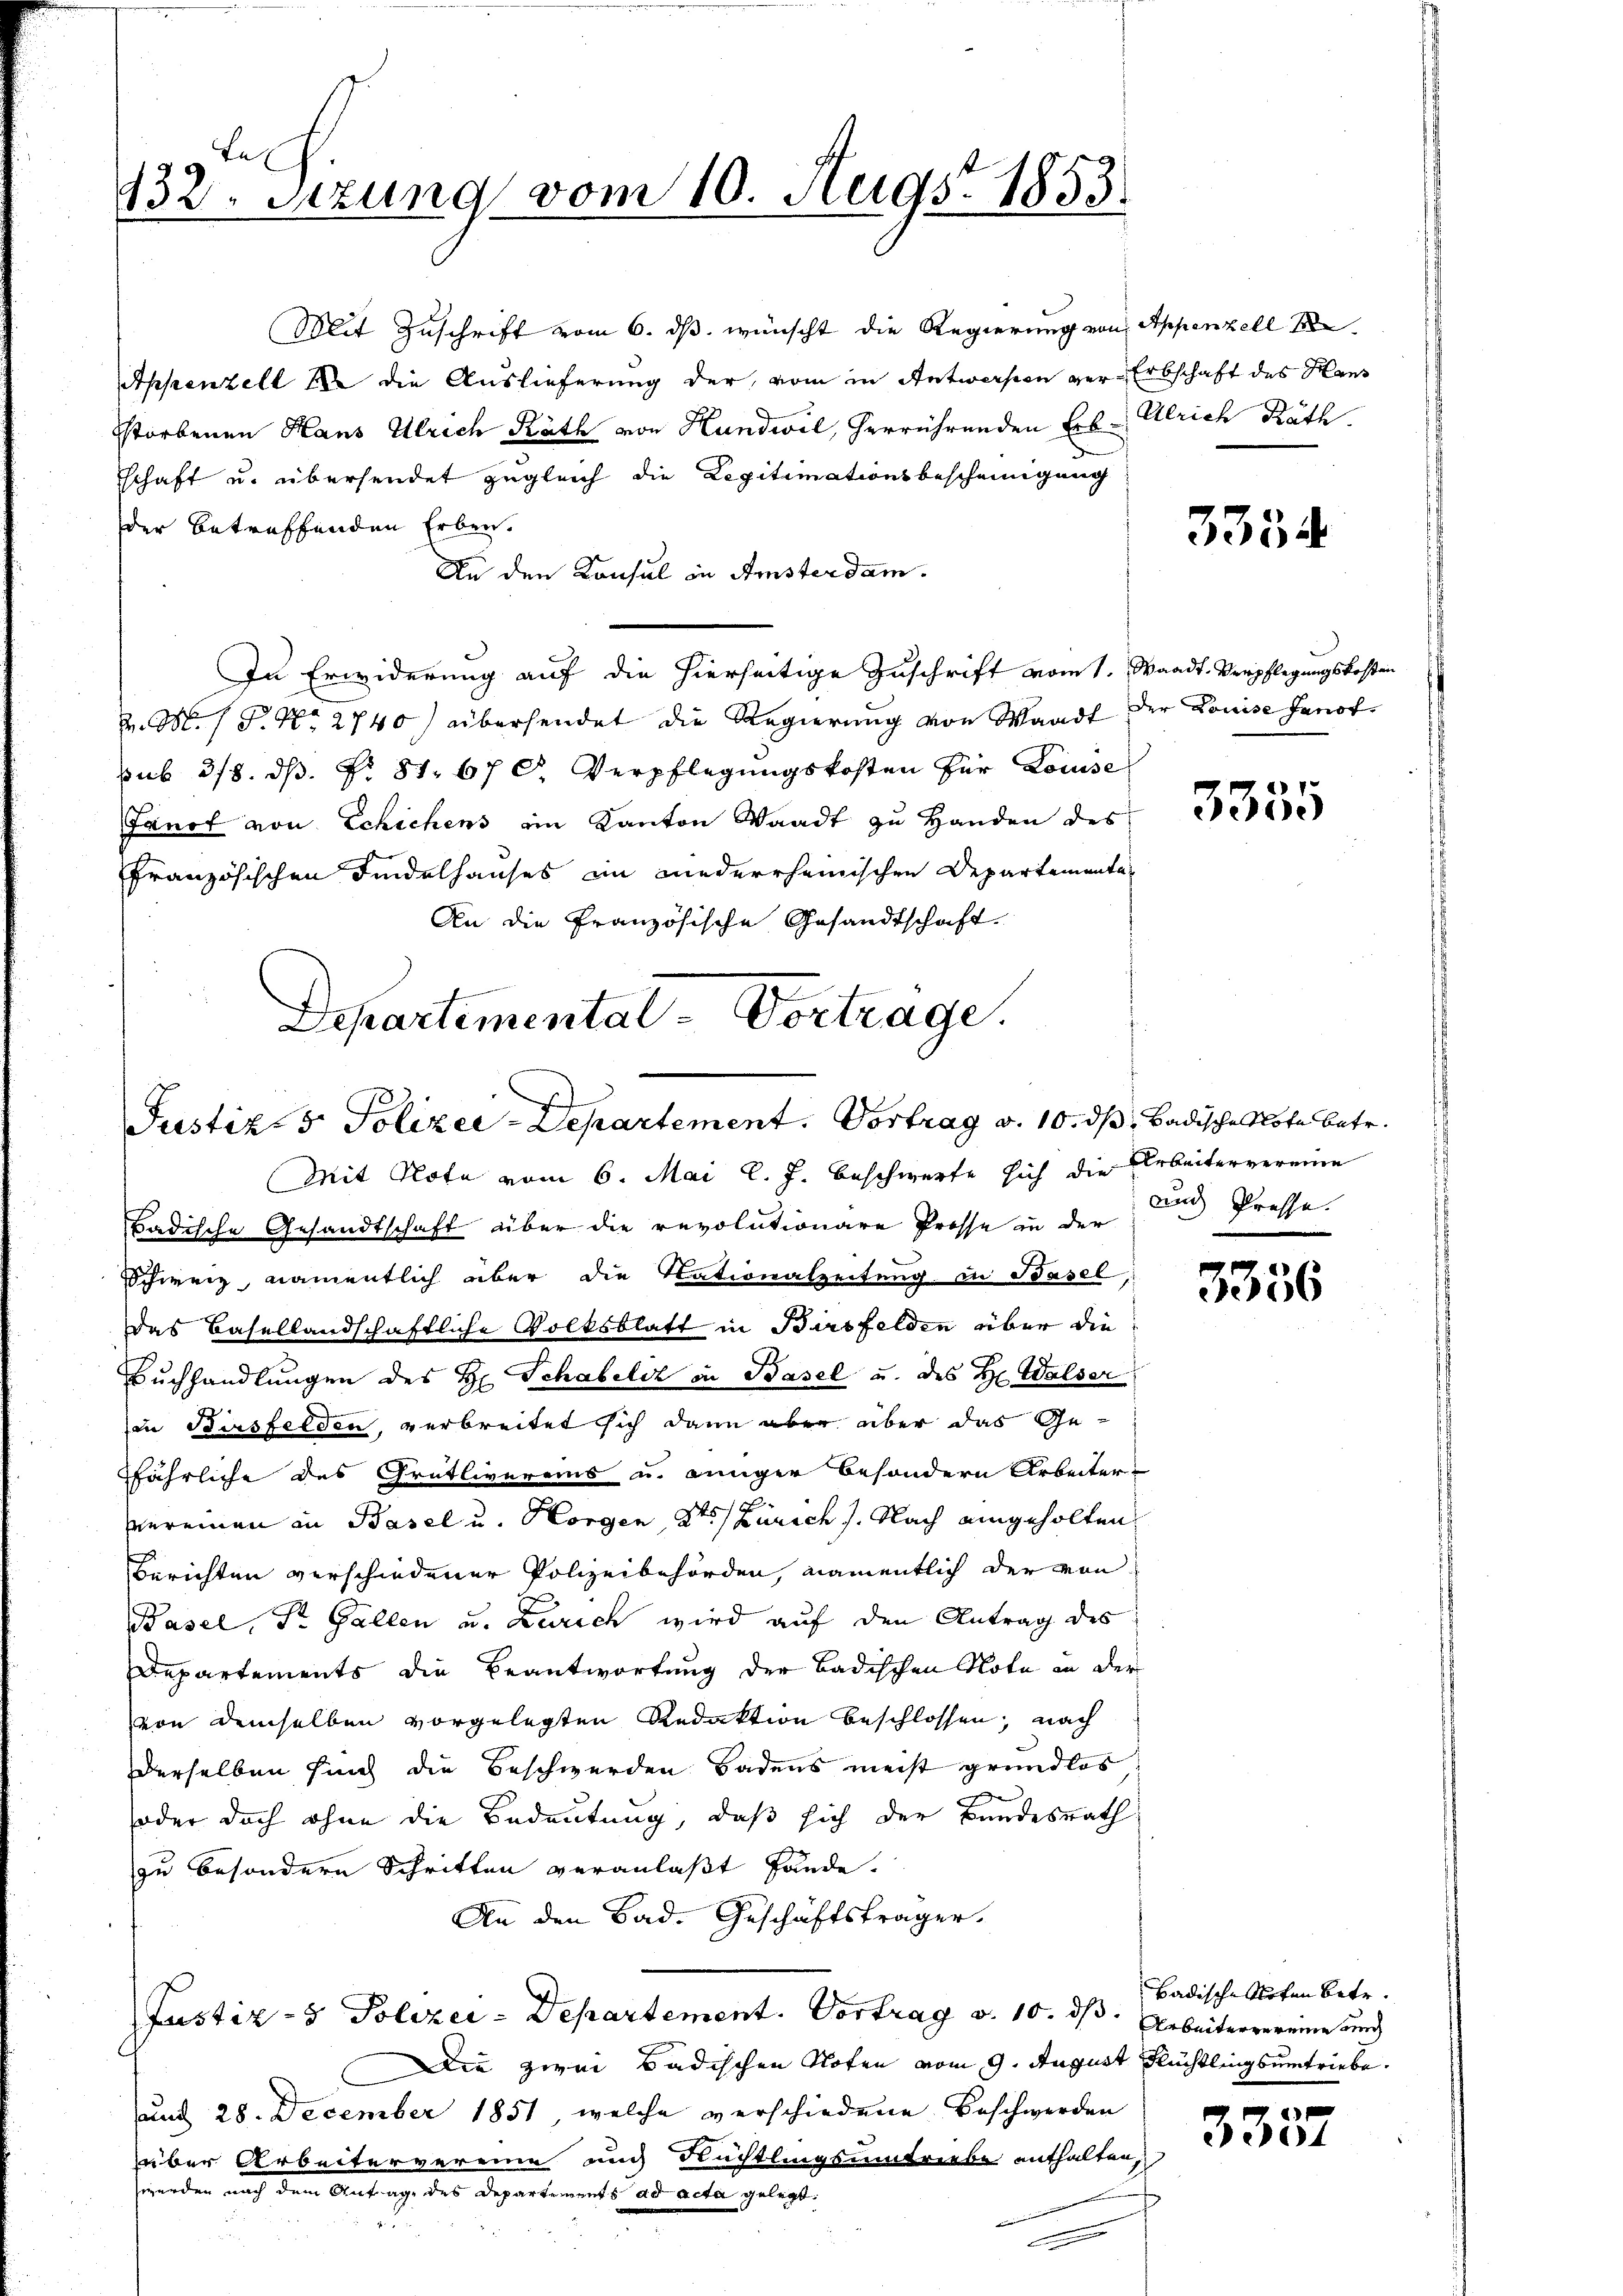
132. Sitzung vom 10. Augst 1853.

Mit Zuschrift vom 6. ds. wünscht die Regierung von Appenzell
Appenzell 12 die Auslieferung der, vom in Antwerfen ger-Erbschaft des Hans
Sstorbenen Haus Ulrich Rath von Hundwil, herrührenden Erb-
schaft u. übersendet zugleich die Legitimationsbescheinigung
der betreffenden Erben.
An den Konsul in Amsterdam.
In Erwiderung auf die hierseitige Zuschrift vom 1. Waadt, Verpflegungskosten
H. M. P. Nr. 2740) übersendet die Regierung von Waadt der Louise Hanotsub 318. ds. f. 81. 67 C. Verpflegŭngskosten für Louise
Janot von Schichens ein Kanton Waadt zu Handen des
französischen Findelhauses im niederrheimischen Departementa¬
An die Französische Gesandtschaft.
Departemental-Vortrage.

Justizs Polizei-Departement. Vortrag v. 10. ds Badische Note betr.

Ulrich Räth.

Mit Nota vom 6. Mai l. J. beschwerte sich die Arbeitervereine
Badische Gesandtschaft über die revolutionare Prosse in der
Schweiz, namentlich aber die Nationalzeitung in Basel
das Basellandschaftliche Volksblatt in Birsfelden über die
Buchhandlungen des H. Schabelst in Basel u. des Hr. Walser
in Birsfelden, verbreitet sich dann aber aber das Gefährliche des Grütlivereins u. junger besondern Arbeiter-
vereinen in Basel u. Horgen, Kt. Zürich). Nach eingeholten
Berichten verschiedener Polizeibehörden, namentlich der von
Basel, Dr. Gallen u. Zürich wird auf den Antrag des
Departements die Beantwortung der Badischen Nota an der
von demselben vorgelegten Redaktion beschlossen, nach
Derselben sind die Beschwerden Badens meist grundlos
oder doch ohne die Bedeutung, daß sich der Bundesrath
zu besondern Schritten veranlaßt fände.
An den Sad. Geschäftsträger.
Justiz- & Polizei-Departement. Vortrag v. 10. ds. Arbeitervereine und
Die zwei Badischen Noten vom 9. August Rüchtlingsumtriebe.
und 28. December 1851, welche verschiedene Beschwerden
über Arbeitervereine auch Nüchtlingsumtriebe enthalten,
werden nach dem Antrag, des Departements ad acta gelegt.
erinnern

3334

3355

und Presse.

3356

Badische Noten betr.

e
304